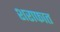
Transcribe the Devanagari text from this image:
शराफात